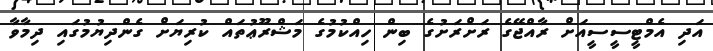
އަދި އެމްޓީސީސީއަށް ރާއްޖޭގެ ރަށްރަށުގެ ބިން ހިއްކުމުގެ މަޝްރޫޢުތައް ކުރިޔަށް ގެންދިޔުމުގައި ދިމާވާ